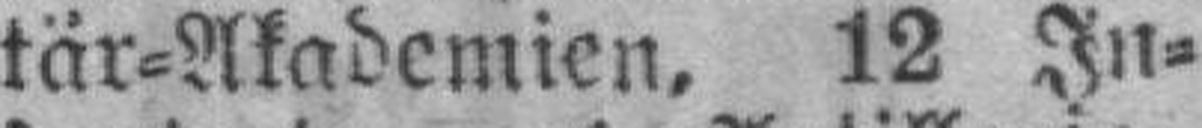
tär=Akademien, 12 In¬